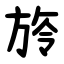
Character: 旍